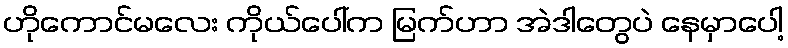
ဟိုကောင်မလေး ကိုယ်ပေါ်က မြက်ဟာ အဲဒါတွေပဲ နေမှာပေါ့